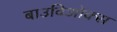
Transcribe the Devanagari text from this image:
बाउविओक्स